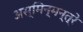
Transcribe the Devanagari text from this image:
अस्मिन्मन्त्रे